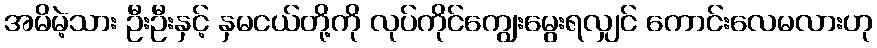
အမိမဲ့သား ဦးဦးနှင့် နှမငယ်တို့ကို လုပ်ကိုင်ကျွေးမွေးရလျှင် ကောင်းလေမလားဟု